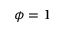
\phi = 1